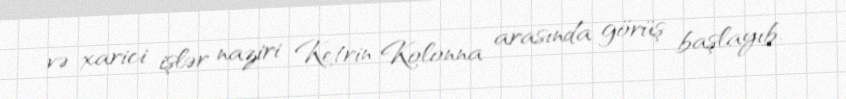
və xarici işlər naziri Ketrin Kolonna arasında görüş başlayıb.